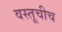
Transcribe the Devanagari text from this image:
वस्तूचीच